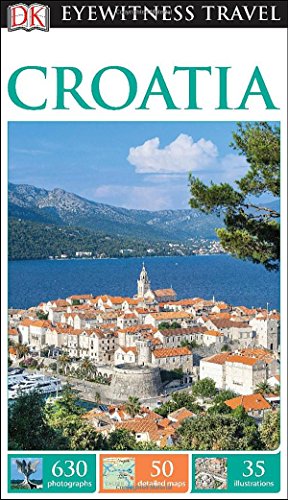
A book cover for DK Eyewitness Travel Guide: Croatia (DK Eyewitness Travel Guides); DK Publishing; Travel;